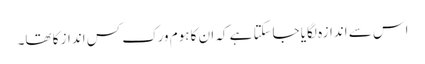
اس سے اندازہ لگایا جاسکتا ہے کہ ان کا ہوم ورک کس انداز کا تھا۔